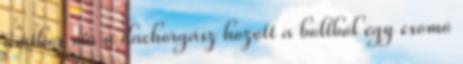
amikor ma a dachorgász hozott a boltból egy csomó